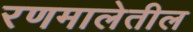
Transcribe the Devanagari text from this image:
रणमालेतील